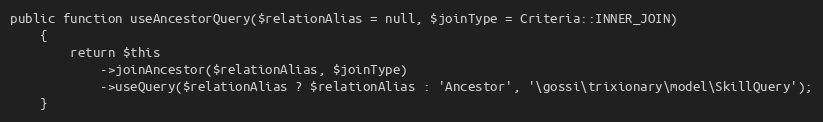
Language: PHP
public function useAncestorQuery($relationAlias = null, $joinType = Criteria::INNER_JOIN)
    {
        return $this
            ->joinAncestor($relationAlias, $joinType)
            ->useQuery($relationAlias ? $relationAlias : 'Ancestor', '\gossi\trixionary\model\SkillQuery');
    }